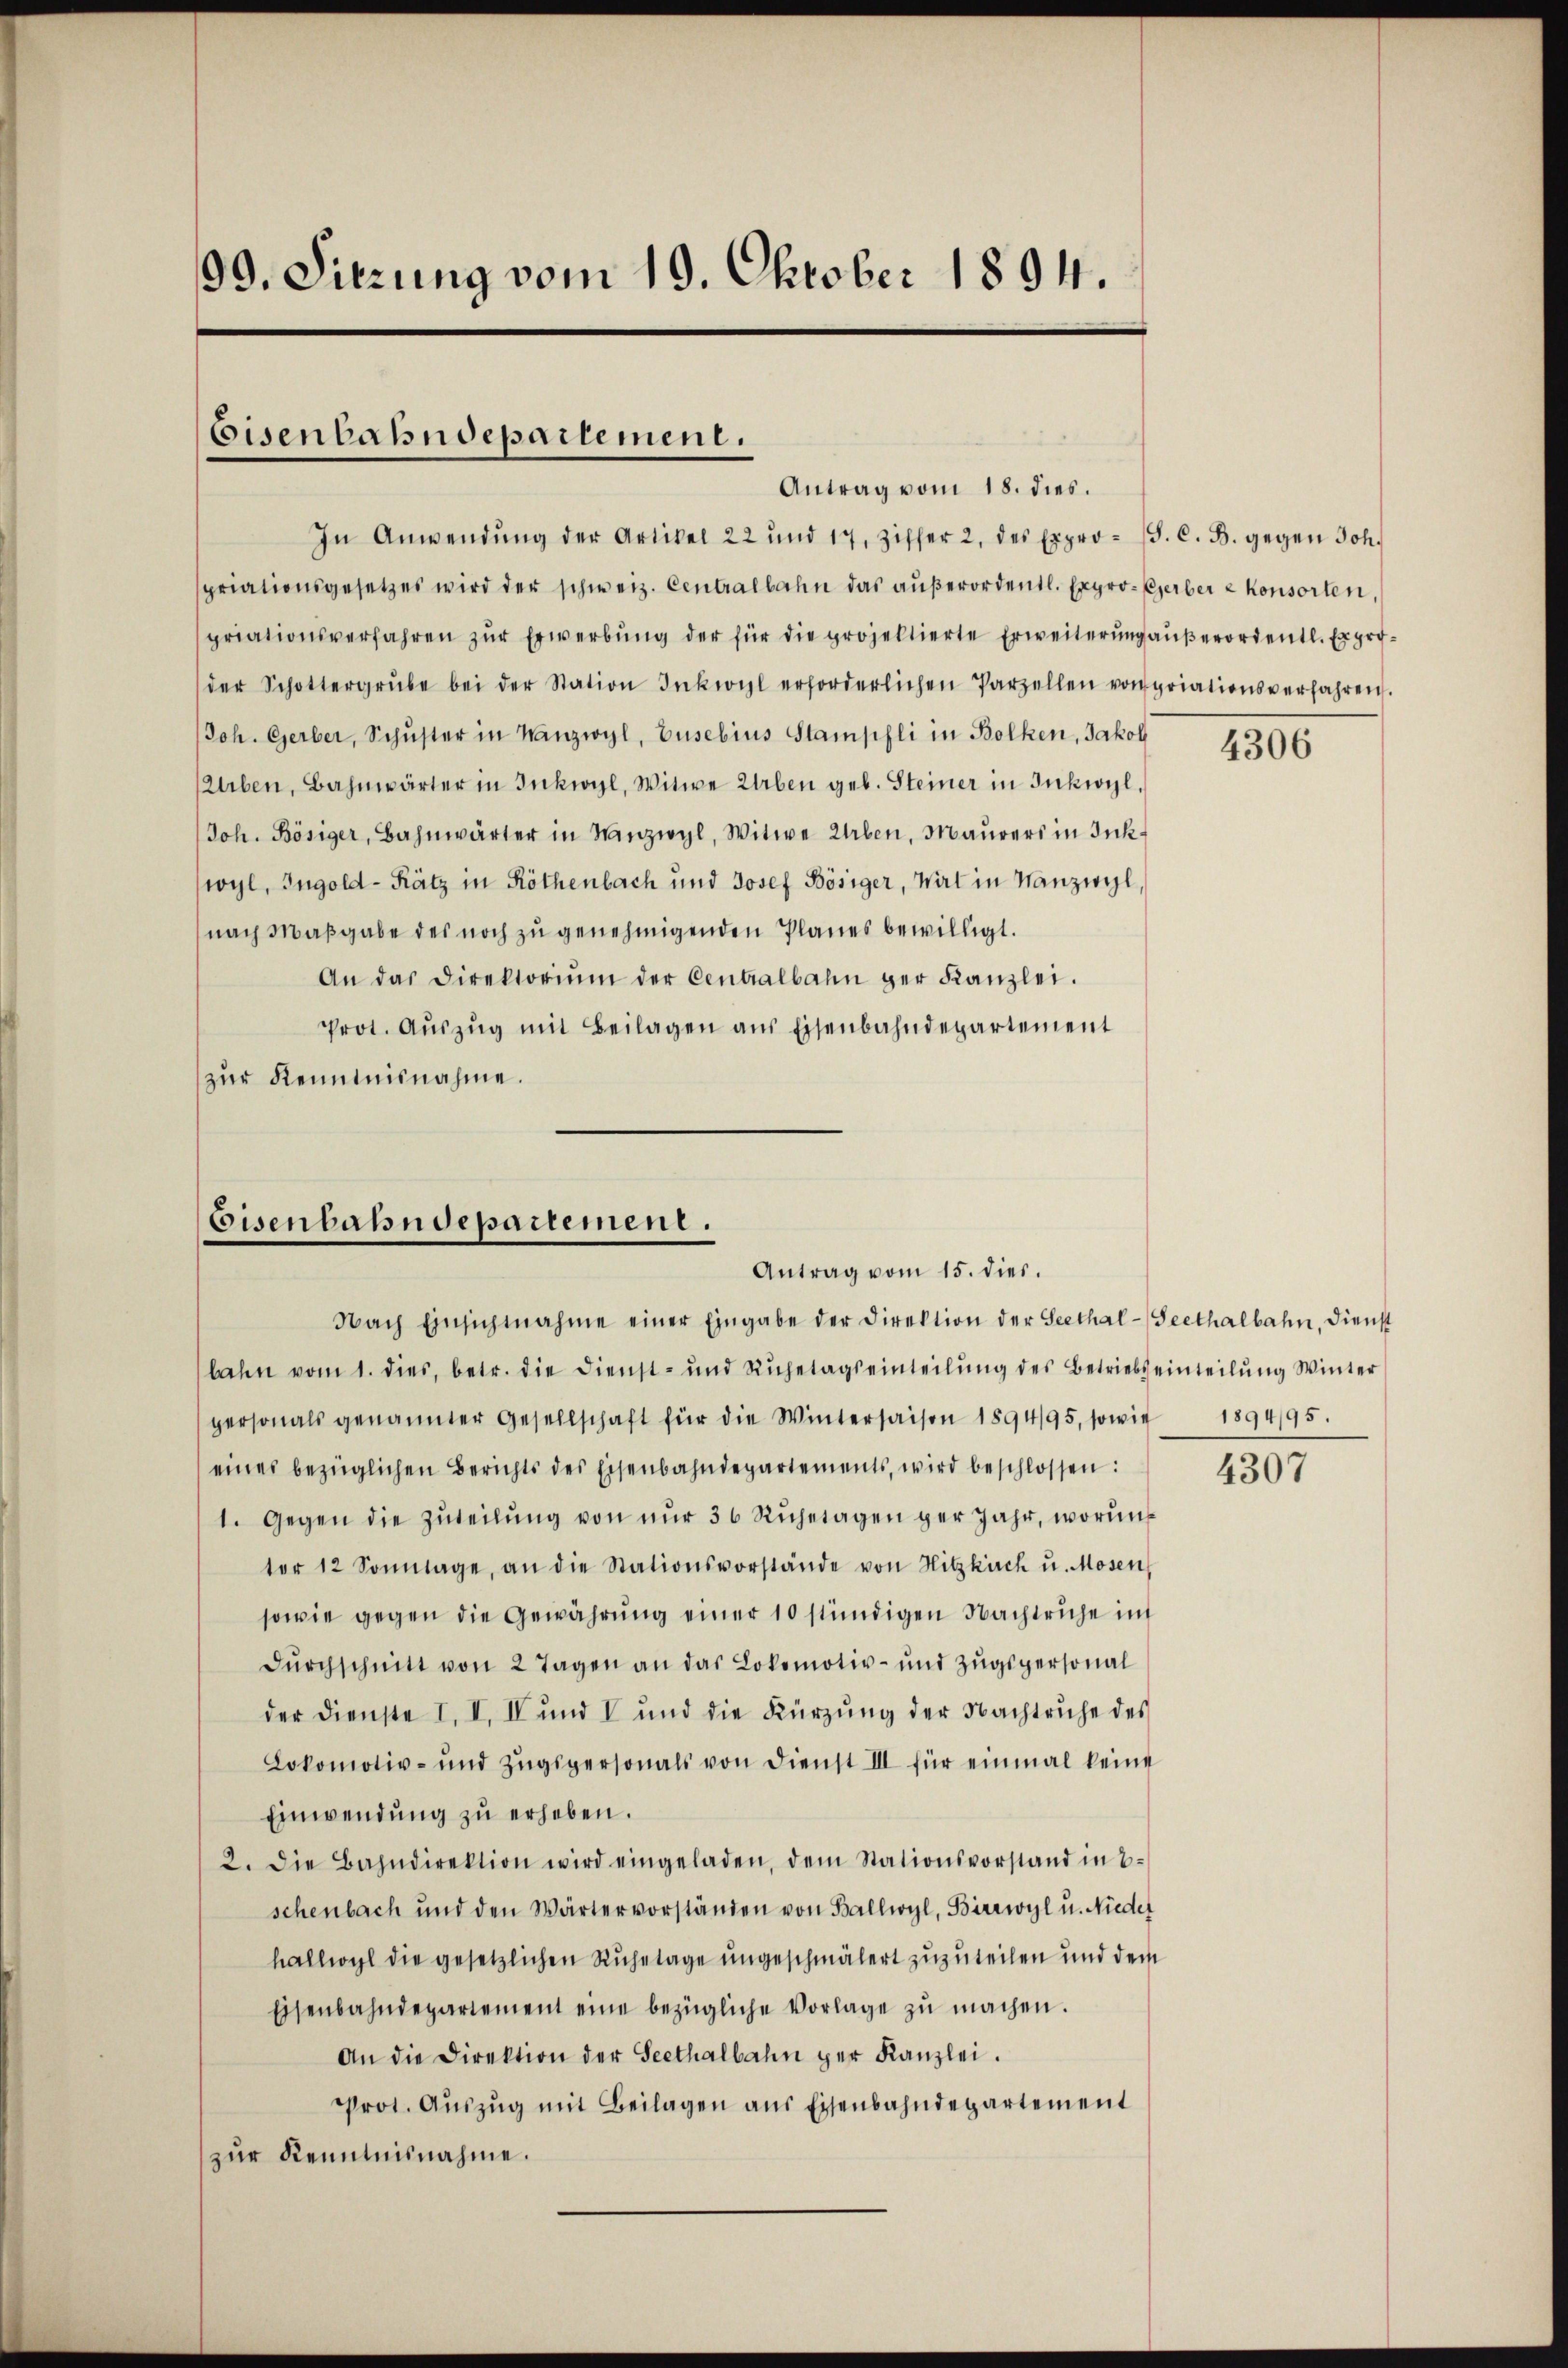
99. Sitzung vom 19. Oktober 1894.

Eisenbahndepartement.
Antrag vom 18. dies.

In Anwendŭng der Artikel 22 und 17, Ziffer 2, des Expro- (S. C. B. gegen Joh.
priationsgesetzes wird der schweiz. Centralbahn das außerordentl. Expro-Gerber z konsorten,
priationsverfahren zŭr Erwerbŭng der für die projektierte Erweiterŭng aŭβerordentl. Expro-
der Schottergrŭbe bei der Station Inkwyl erforderlichen Parzellen von priationsverfahren.
Joh. Gerber, Schŭster in Wanzwyl, Gusebius Stampfli in Bolken, Jakob
Erben, Bahnwärter in Inkwyl, Witwe Erben geb. Steiner in Inkwyl,
Joh. Bösiger, Bahnwärter in Manzwyl, Witwe Erben, Maŭrers in Ink
wyl, Ingold-Rätz in Röthenbach und Josef Bösiger, Wirt in Manzwyl
nach Maßgabe des noch zu genehmigenden Planes bewilligt.
An das Direktoriŭm der Centralbahn ger Kanzlei.
Prot. Aŭszŭg mit Beilagen aus Eisenbahndepartement
zur Kenntnisnahme.

Eisenbahndepartement.
Antrag vom 15. dies.

Nach Einsichtnahme einer Eingabe der Direktion der Seethal-Seethalbahn, dienst
bahn vom 1. dies, betr. die Dienst- und Ruhetagseinteilung des Betriebseinteilung Winter
personals genannter Gesellschaft für die Winterhaisen 1894/95, sowie 1894/95.
eines bezüglichen Berichts des Eisenbahndepartements, wird beschlossen:
1. Gegen die Zŭteilŭng von nŭr 36 Rŭhetagen ger Jahr, worin
ter 12 Sonntage, an die Stationsvorstände von Hitzkirch u. Mosen
sowie gegen die Gewährŭng einer 10 stündigen Nachtruhe in
dŭrchschnitt von 2 Tagen an das Lokomotiv- und Zŭgspersonal
der Dienste I. I. II und I und die Kürzŭng der Nachtruhe des
Lokomotiv- und Zŭgspersonals von Dienst III für einmal keine
Einwendung zu erheben.
2. Die Bahndirektion wird eingeladen, dem Stationsvorstand in B
schenbach und den Wärter vorständen von Ballwyl, Birrwyl u. Nieder
hallwyl die gesetzlichen Ruhetage ungeschmälert zuzuteilen und dem
Eisenbahndepartement eine bezügliche Vorlage zŭ machen.
An die Direktion der Seethalbahn per Kanzlei.
Prot. Aŭszŭg mit Beilagen ans Eisenbahndepartement
zur Kenntnisnahme.

4306

4307